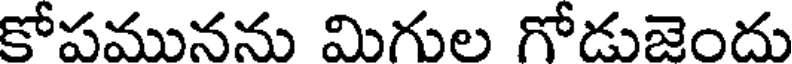
కోపమునను మిగుల గోడుజెందు